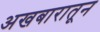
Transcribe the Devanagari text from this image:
अखबारातून